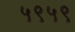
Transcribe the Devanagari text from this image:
५९५९